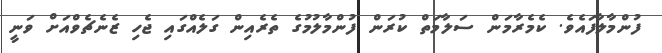
ފުންމާލާފައެވެ. ކެމެރާމަން ސަލާމަތް ކުރަން ފުންމާލުމުގެ ތެރެއިން ގަލެއްގައި ޖެހި ޒެނެޗެވްއަށް ވަނީ